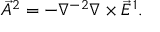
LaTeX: \vec { A } ^ { 2 } = - \nabla ^ { - 2 } \nabla \times \vec { E } ^ { 1 } .